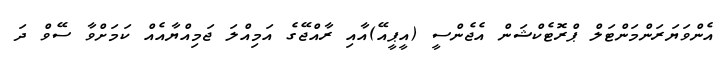
އެންވަޔަރަންމަންޓަލް ޕްރޮޓެކްޝަން އެޖެންސީ (އީޕީއޭ)އާއި ރާއްޖޭގެ އަމިއްލަ ޖަމިއްޔާއެއް ކަމަށްވާ ސޭވް ދަ